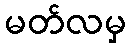
မတ်လမှ